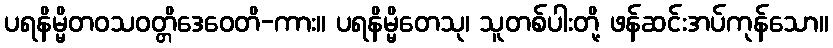
ပရနိမ္မိတဝသဝတ္တိဒေဝေတိ-ကား။ ပရနိမ္မိတေသု၊ သူတစ်ပါးတို့ ဖန်ဆင်းအပ်ကုန်သော။